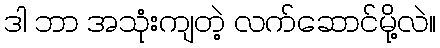
ဒါ ဘာ အသုံးကျတဲ့ လက်ဆောင်မို့လဲ။